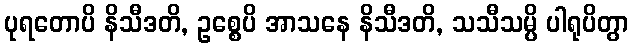
ပုရတောပိ နိသီဒတိ, ဥစ္စေပိ အာသနေ နိသီဒတိ, သသီသမ္ပိ ပါရုပိတွာ